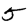
Digit: 5